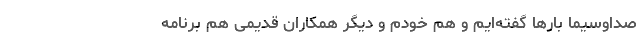
صداوسیما بارها گفته‌ایم و هم خودم و دیگر همکاران قدیمی هم برنامه‌